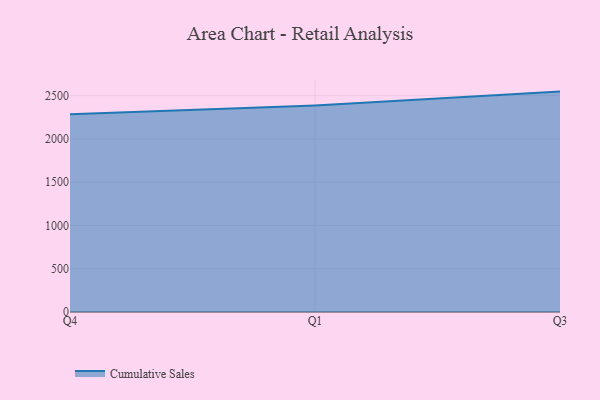
{"axis": {"x": "Quarter", "y": "Gross Profit (USD K)"}, "legend": ["Cumulative Sales"], "data": [{"x": "Q4", "y": 2284.8, "type": "Cumulative Sales"}, {"x": "Q1", "y": 2386.4, "type": "Cumulative Sales"}, {"x": "Q3", "y": 2546.4, "type": "Cumulative Sales"}]}